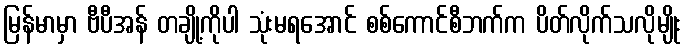
မြန်မာမှာ ဗီပီအန် တချို့ကိုပါ သုံးမရအောင် စစ်ကောင်စီဘက်က ပိတ်လိုက်သလိုမျိုး